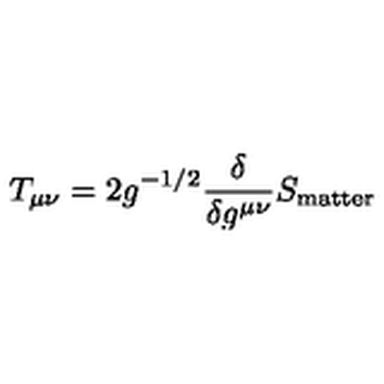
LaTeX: T _ { \mu \nu } = 2 g ^ { - 1 / 2 } \frac { \delta } { \delta g ^ { \mu \nu } } S _ { \mathrm { m a t t e r } }